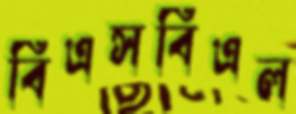
বিএসবিএল